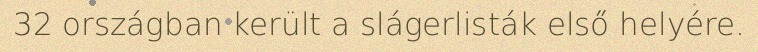
32 országban került a slágerlisták első helyére.